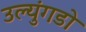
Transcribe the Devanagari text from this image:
उल्युंगडो